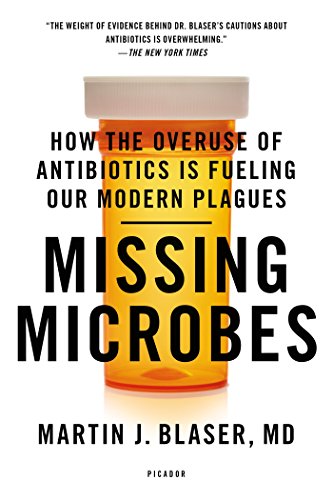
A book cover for Missing Microbes: How the Overuse of Antibiotics Is Fueling Our Modern Plagues; Martin J. Blaser; Medical Books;